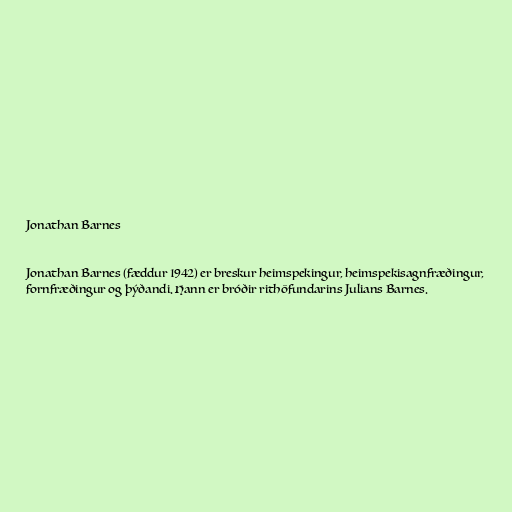
Jonathan Barnes

Jonathan Barnes (fæddur 1942) er breskur heimspekingur, heimspekisagnfræðingur,
fornfræðingur og þýðandi. Hann er bróðir rithöfundarins Julians Barnes.